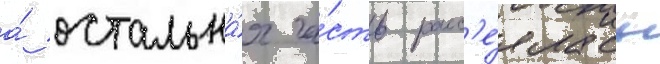
а́ остальна́я ча́сть расс'е́ялась